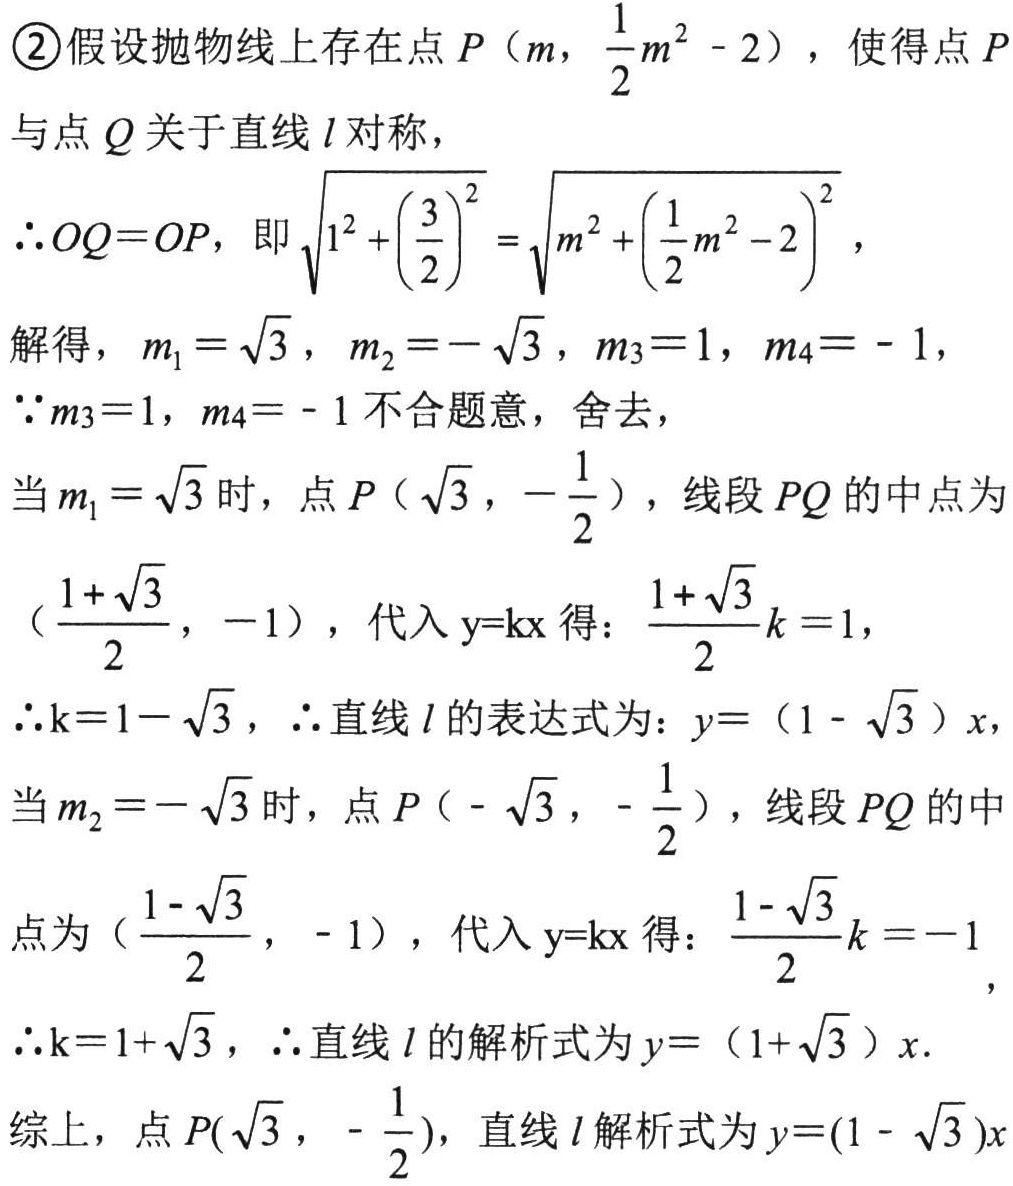
\textcircled{2}假设抛物线上存在点 \(P\left(m,\frac{1}{2}m^{2}-2\right)\)，使得点 \(P\)与点 \(Q\)关于直线 \(l\) 对称，
\(\therefore OQ = OP\)，即\(\sqrt{1^{2}+\left(\frac{3}{2}\right)^{2}}=\sqrt{m^{2}+\left(\frac{1}{2}m^{2}-2\right)^{2}}\)，
解得，\(m_{1}=\sqrt{3}\)，\(m_{2}=-\sqrt{3}\)，\(m_{3}=1\)，\(m_{4}=-1\)，
\(\because m_{3}=1\)，\(m_{4}=-1\) 不合题意，舍去，
当 \(m_{1}=\sqrt{3}\) 时，点 \(P\left(\sqrt{3},-\frac{1}{2}\right)\)，线段 \(PQ\) 的中点为 \(\left(\frac{1 + \sqrt{3}}{2},-1\right)\)，代入 \(y = kx\) 得：\(\frac{1+\sqrt{3}}{2}k = 1\)，
\(\therefore k = 1-\sqrt{3}\)，\(\therefore\) 直线 \(l\) 的表达式为：\(y=(1 - \sqrt{3})x\)，
当 \(m_{2}=-\sqrt{3}\) 时，点 \(P\left(-\sqrt{3},-\frac{1}{2}\right)\)，线段 \(PQ\) 的中点为 \(\left(\frac{1-\sqrt{3}}{2},-1\right)\)，代入 \(y = kx\) 得：\(\frac{1 - \sqrt{3}}{2}k=-1\)，
\(\therefore k = 1+\sqrt{3}\)，\(\therefore\) 直线 \(l\) 的解析式为 \(y=(1+\sqrt{3})x\).
综上，点 \(P(\sqrt{3},-\frac{1}{2})\)，直线 \(l\) 解析式为 \(y=(1 - \sqrt{3})x\)